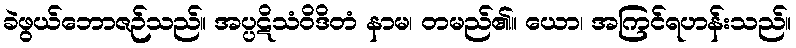
ခဲဖွယ်ဘောဇဉ်သည်။ အပ္ပဋိသံဝိဒိတံ နာမ၊ တမည်၏။ ယော၊ အကြင်ရဟန်းသည်။